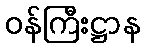
ဝန်ကြီးဋ္ဌာန